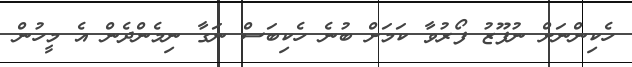
ހެކިންނަށް ނުފޫޒު ފޯރުވާ ކަމަށް ބުނެ ހެކިބަސް ނަގާ ނިމެންދެން އެ މީހުން